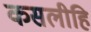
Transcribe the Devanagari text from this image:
कसलीहि